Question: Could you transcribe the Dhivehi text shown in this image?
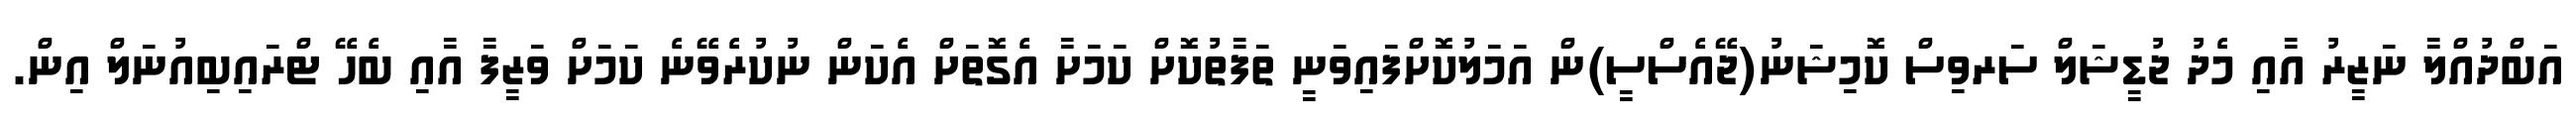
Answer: އަބްދުއްލާ ނަޒީރު އާއި މެދު ޖުޑީޝަލް ސަރވިސް ކޮމިޝަނު(ޖޭއެސްސީ)ން އަމަލުކޮށްފައިވަނީ ތަފާތުކޮށް ކަމަށާ އެގޮތަށް އެކަން ނުކުރެވޭނެ ކަމަށް ވަޒީފާ އާއި ބެހޭ ޓްރައިބިއުނަލް އިން.